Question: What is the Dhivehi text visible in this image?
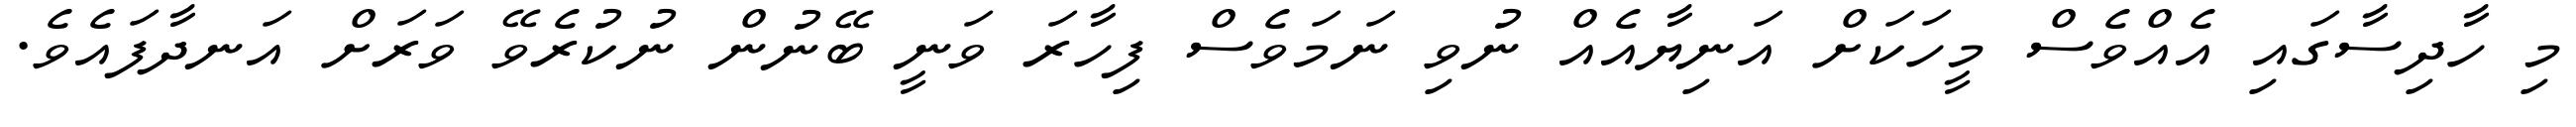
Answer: މި ހާދިސާގައި އެއްވެސް މީހަކަށް އަނިޔާއެއް ނުވި ނަމަވެސް ފިހާރަ ވަނީ ބޭނުން ނުކުރެވޭ ވަރަށް އަނދާފައެވެ.